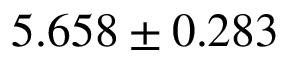
5 . 6 5 8 \pm 0 . 2 8 3